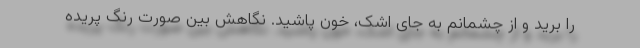
را برید و از چشمانم به جای اشک، خون پاشید. نگاهش بین صورت رنگ پریده